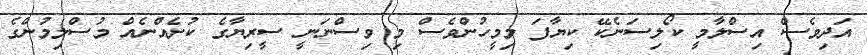
އަދިވެސް އިސްލާމީ ކޯލިސަނެކޭ ކިޔާފަ މިމީހުންވެސް މި ވިސްނަނީ ސީރިޔާގެ ކުށެއްނެއް މުސްލިމުންގެ